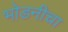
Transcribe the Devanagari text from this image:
भोडनीचा